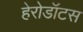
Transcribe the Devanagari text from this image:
हेरोडॉटस